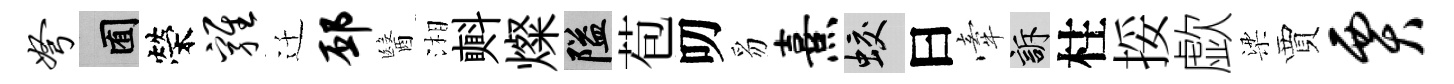
弩囿榮鸡迁邳醫湘㪺燦隘苞叨豸熹蛟曰牽訴柱挼歔梁賈贾